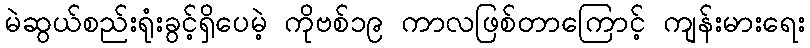
မဲဆွယ်စည်းရုံးခွင့်ရှိပေမဲ့ ကိုဗစ်၁၉ ကာလဖြစ်တာကြောင့် ကျန်းမားရေး